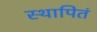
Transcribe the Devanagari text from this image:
स्थापितं